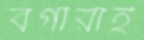
বর্গীরাই